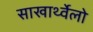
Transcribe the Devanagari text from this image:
साखार्थ्वेलो